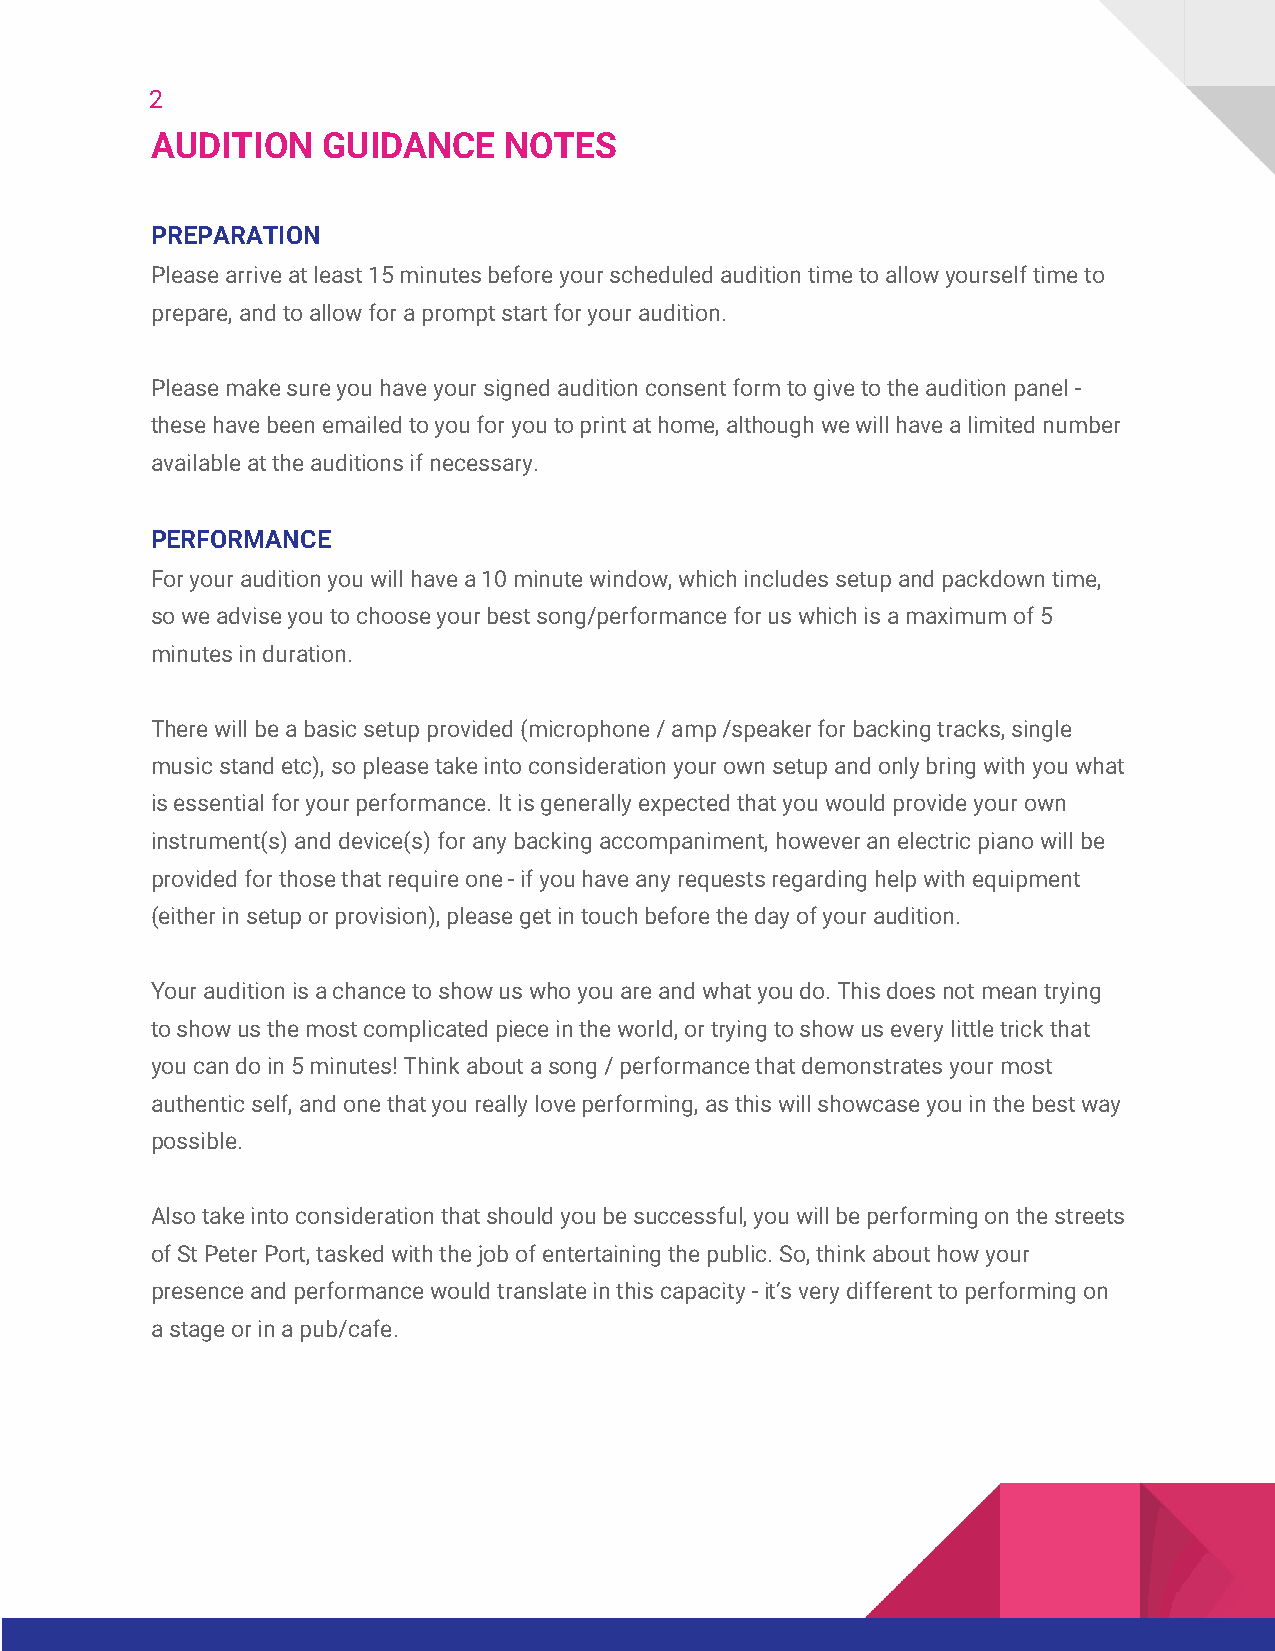
2
 AUDITION   GUIDANCE    NOTES
 PREPARATION
 Please arrive at least 15 minutes before your scheduled audition time to allow yourself time to
 prepare, and to allow for a prompt start for your audition.
 Please make sure you have your signed audition consent form to give to the audition panel -
 these have been emailed to you for you to print at home, although we will have a limited number
 available at the auditions if necessary.
 PERFORMANCE
 For your audition you will have a 10 minute window, which includes setup and packdown time,
 so we advise you to choose your best song/performance for us which is a maximum of 5
 minutes in duration.
 There will be a basic setup provided (microphone / amp /speaker for backing tracks, single
 music stand etc), so please take into consideration your own setup and only bring with you what
 is essential for your performance. It is generally expected that you would provide your own
 instrument(s) and device(s) for any backing accompaniment, however an electric piano will be
 provided for those that require one - if you have any requests regarding help with equipment
 (either in setup or provision), please get in touch before the day of your audition.
 Your audition is a chance to show us who you are and what you do. This does not mean trying
 to show us the most complicated piece in the world, or trying to show us every little trick that
 you can do in 5 minutes! Think about a song / performance that demonstrates your most
 authentic self, and one that you really love performing, as this will showcase you in the best way
 possible.
 Also take into consideration that should you be successful, you will be performing on the streets
 of St Peter Port, tasked with the job of entertaining the public. So, think about how your
 presence and performance would translate in this capacity - it’s very different to performing on
 a stage or in a pub/cafe.